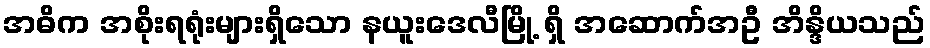
အဓိက အစိုးရရုံးများရှိသော နယူးဒေလီမြို့ ရှိ အဆောက်အဦ အိန္ဒိယသည်